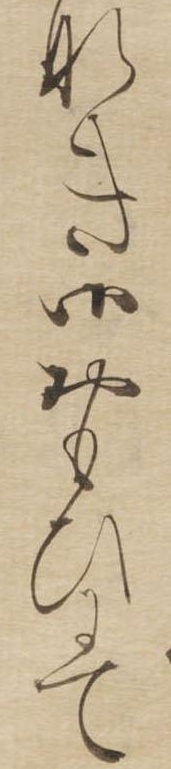
なき御おもひにて